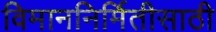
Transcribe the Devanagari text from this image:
विमाननिर्मितीसाठी